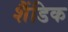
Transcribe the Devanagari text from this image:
शैंडिक